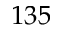
1 3 5